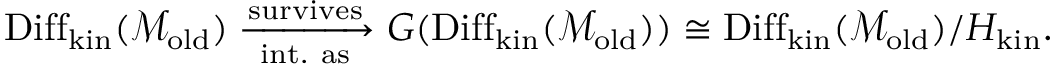
\begin{array} { r } { \mathrm { D i f f } _ { \mathrm { k i n } } ( \mathcal { M } _ { \mathrm { o l d } } ) \xrightarrow [ \mathrm { i n t . ~ a s } ] { \mathrm { s u r v i v e s } } G ( \mathrm { D i f f } _ { \mathrm { k i n } } ( \mathcal { M } _ { \mathrm { o l d } } ) ) \cong \mathrm { D i f f } _ { \mathrm { k i n } } ( \mathcal { M } _ { \mathrm { o l d } } ) / H _ { \mathrm { k i n } } . } \end{array}